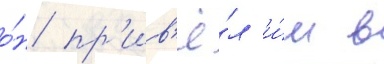
о́н пр'ив'ё́л и́м в